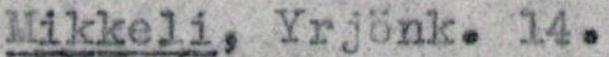
Mikkeli,Yrjönk.14.